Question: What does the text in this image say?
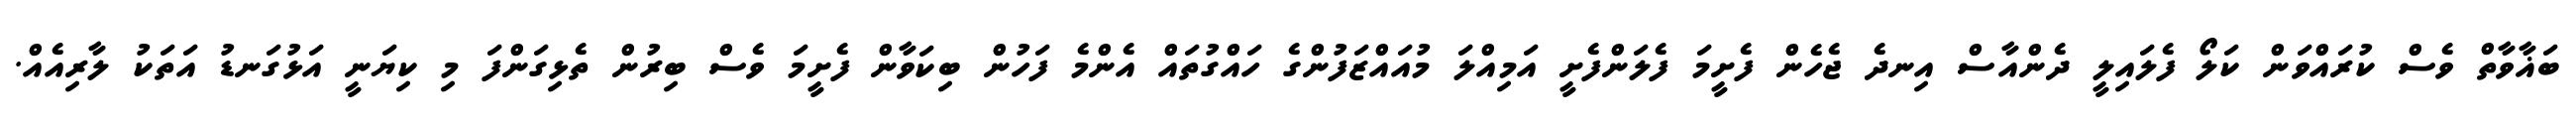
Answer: ބަޣާވާތް ވެސް ކުރައްވަން ކަލޯ ފެލައިލީ ދެންއާސް އިނދެ ޖެހެން ފެށީމަ ފެލަންފެށީ އަމިއްލަ މުއައްޒަފުންގެ ހައްގުތައް އެންމެ ފަހުން ބިކަވާން ފެށީމަ ވެސް ބިރުން ތެޅިގަންފަ މި ކިޔަނީ އަޅުގަނޑު އަތަކު ލާރިއެއް.